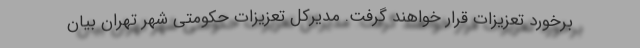
برخورد تعزيزات قرار خواهند گرفت. مديركل تعزيزات حکومتی شهر تهران بيان